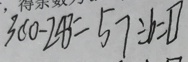
3 0 0 - 2 4 3 = 5 7 \div b = \square